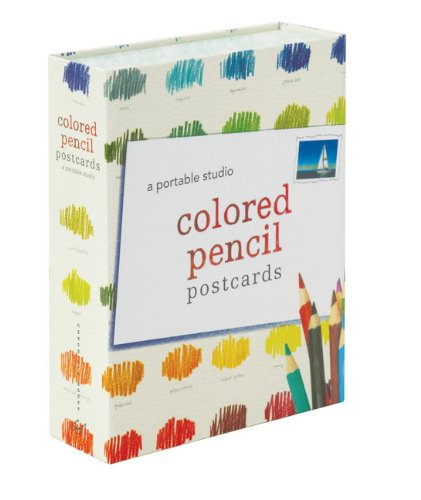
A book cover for Colored Pencil Postcards: A Portable Studio; Arts & Photography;